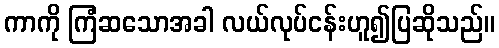
ကာကို ကြံဆသောအခါ လယ်လုပ်ငန်းဟူ၍ပြဆိုသည်။